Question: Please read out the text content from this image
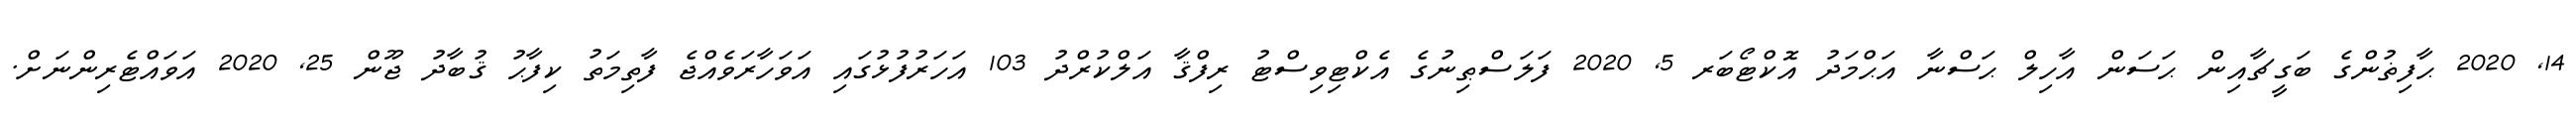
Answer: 14, 2020 ޙާފިޡުންގެ ބަގީޗާއިން ޙަސަން އާހިލް ޙަސްނާ އަޙްމަދު އޮކްޓޯބަރ 5, 2020 ފަލަސްޠިނުގެ އެކްޓިވިސްޓު ރިފްޤާ އަލްކުރްދު 103 އަހަރުފުޅުގައި އަވަހާރަވެއްޖެ ފާތިމަތު ކިފާޙު ޤުބާދު ޖޫން 25, 2020 އަވައްޓެރިންނަށް.